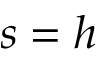
s = h